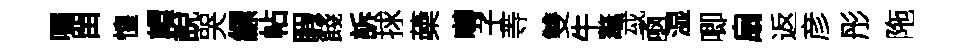
嘱㽞惶轘說哭縹帖睱餞訴捄蘃囀子䓁雙牛鼇㦯凾湿唧扇返彦彤陁